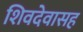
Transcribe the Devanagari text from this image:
शिवदेवासह